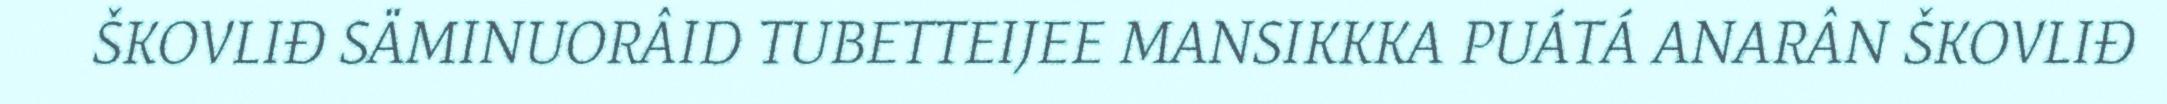
ŠKOVLIĐ SÄMINUORÂID TUBETTEIJEE MANSIKKKA PUÁTÁ ANARÂN ŠKOVLIĐ